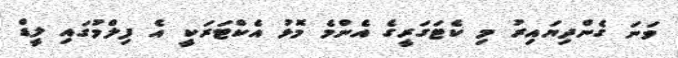
ވަނަ ގެންދިޔައިރު މި ކެޓަގަރީގެ އެންމެ މޮޅު އެކްޓަރަކީ އެ ފިލްމުގައި ލީޑް